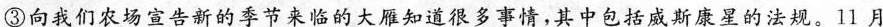
③向我们农场宣告新的季节来临的大雁知道很多事情，其中包括威斯康星的法规。11月